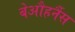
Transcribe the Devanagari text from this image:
बेऔहर्नैस